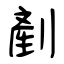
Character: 剷